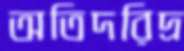
অতিদরিদ্র